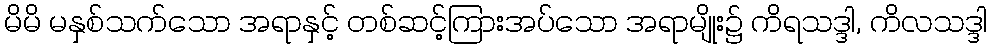
မိမိ မနှစ်သက်သော အရာနှင့် တစ်ဆင့်ကြားအပ်သော အရာမျိုး၌ ကိရသဒ္ဒါ, ကိလသဒ္ဒါ